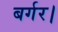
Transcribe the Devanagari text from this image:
बर्गर।